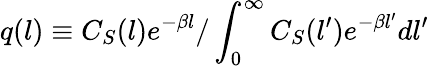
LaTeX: q(l)\equiv C_{S}(l)e^{-\beta l}/\int_{0}^{\infty}C_{S}(l^{\prime})e^{-\beta l^{\prime}}dl^{\prime}